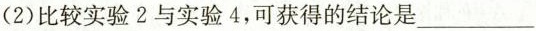
(2)比较实验2与实验4，可获得的结论是___